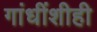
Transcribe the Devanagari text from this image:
गांधींशीही